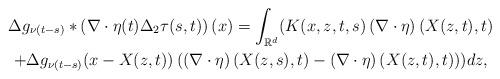
LaTeX: \begin{align*}\begin{gathered}\Delta g_{\nu (t-s) } * \left ( \nabla \cdot \eta(t) \Delta_2 \tau (s,t) \right ) (x) = \int_{\mathbb{R}^d} ( K(x,z,t,s) \left ( \nabla \cdot \eta \right ) (X(z,t), t) \\ + \Delta g_{\nu (t-s) } (x - X(z,t) ) \left ( \left (\nabla \cdot \eta \right ) (X(z,s), t) - \left (\nabla \cdot \eta \right ) (X(z,t), t) \right ) ) dz,\end{gathered}\end{align*}